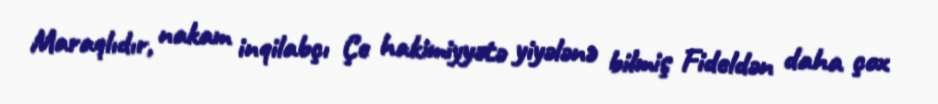
Maraqlıdır, nakam inqilabçı Çe hakimiyyətə yiyələnə bilmiş Fideldən daha çox